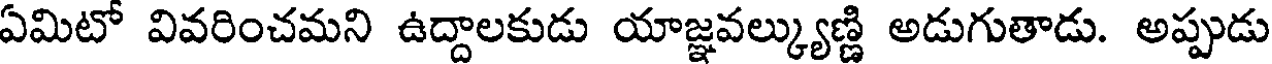
ఏమిటో వివరించమని ఉద్దాలకుడు యాజ్ఞవల్క్యుణ్ణి అడుగుతాడు. అప్పుడు